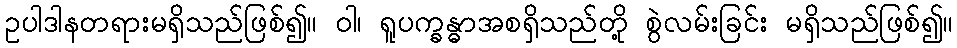
ဥပါဒါနတရားမရှိသည်ဖြစ်၍။ ဝါ၊ ရူပက္ခန္ဓာအစရှိသည်တို့ စွဲလမ်းခြင်း မရှိသည်ဖြစ်၍။